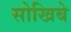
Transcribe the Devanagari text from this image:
सोखिबे